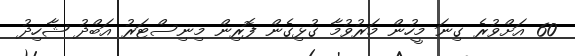
60 އަށްވުރެ ގިނަ މީހުން މަރުވުމާ ގުޅިގެން ފޮރިން މިނިސްޓަރު އަބްދު ޝާހިދު